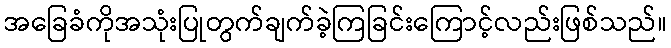
အခြေခံကိုအသုံးပြုတွက်ချက်ခဲ့ကြခြင်းကြောင့်လည်းဖြစ်သည်။